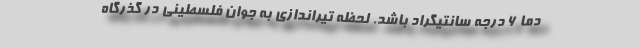
دما 6 درجه سانتیگراد باشد. لحظه تیراندازی به جوان فلسطینی در گذرگاه